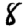
Digit: 8